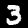
Digit: 3